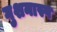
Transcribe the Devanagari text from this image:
गुशनास्प